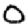
Digit: 0